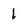
Character: 1